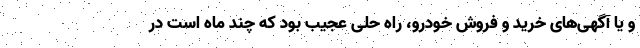
و یا آگهی‌های خرید و فروش خودرو، راه حلی عجیب بود که چند ماه است در